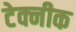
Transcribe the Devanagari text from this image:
टेक्नीक